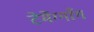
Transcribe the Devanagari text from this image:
टेमेंग्गाँग